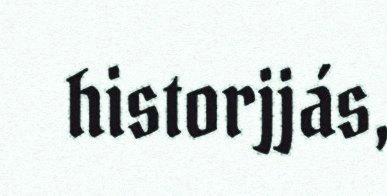
historjjás,